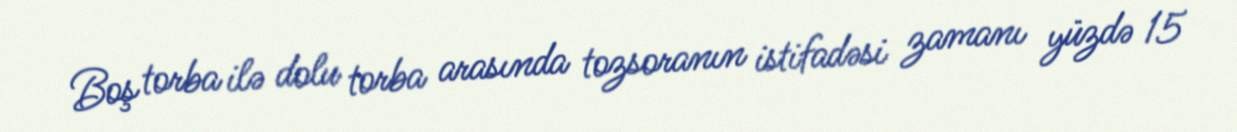
Boş torba ilə dolu torba arasında tozsoranın istifadəsi zamanı yüzdə 15